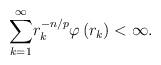
LaTeX: \begin{align*}{\displaystyle\sum\limits_{k=1}^{\infty}}r_{k}^{-n/p}\varphi\left( r_{k}\right) <\infty. \end{align*}